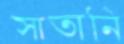
সাতানি